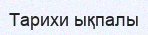
Тарихи ықпалы